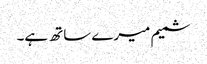
شمیم میرے ساتھ ہے۔